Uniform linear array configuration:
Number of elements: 24
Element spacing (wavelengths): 0.5
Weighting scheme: blackman
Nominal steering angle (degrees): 15
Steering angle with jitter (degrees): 16.227
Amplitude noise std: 0.05
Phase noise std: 0.05

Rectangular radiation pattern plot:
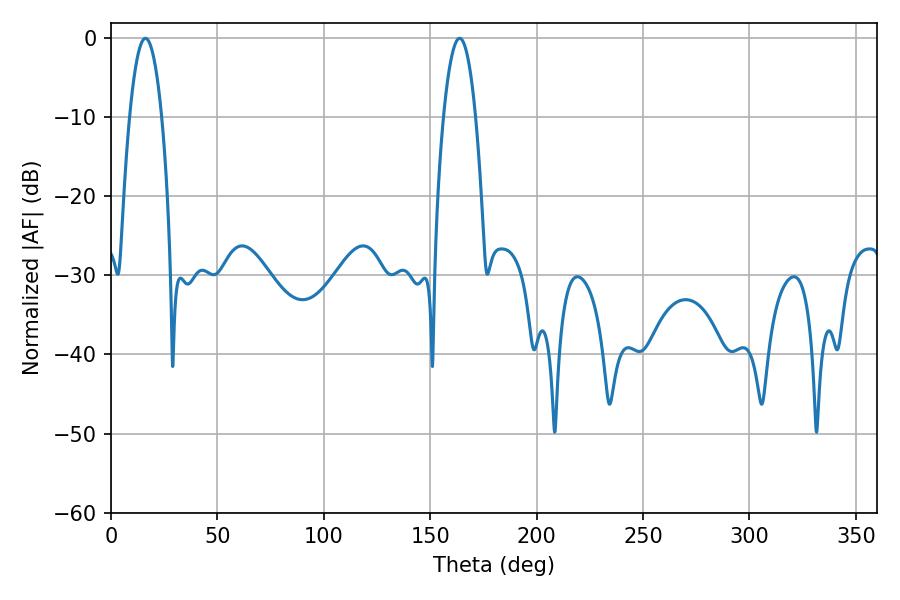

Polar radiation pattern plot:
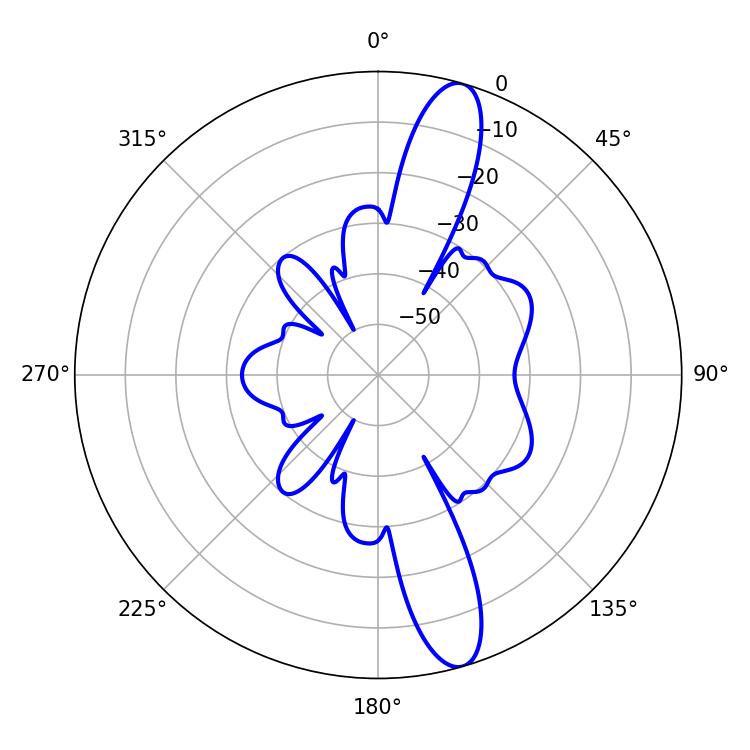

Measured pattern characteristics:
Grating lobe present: FALSE
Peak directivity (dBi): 13.54
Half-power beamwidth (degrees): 8.28
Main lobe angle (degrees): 16.2